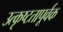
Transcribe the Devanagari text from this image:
उत्कृष्टतापूर्वक